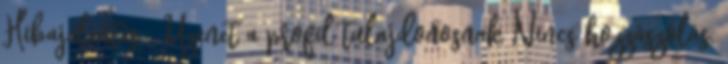
Hibajelentés Üzenet a profil tulajdonosnak Nincs hozzászólás.